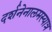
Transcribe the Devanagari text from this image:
दर्शनेनालमस्यात्र